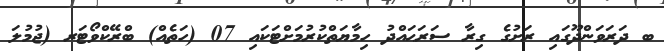
ބ ދަރަވަންދޫގައި ރަށުގެ ގިރާ ސަރަޙައްދު ހިމާޔަތްކުރުމަށްޓަކައި 07 (ހަތެއް) ބްރޭކްވޯޓަރ (ޖުމުލަ